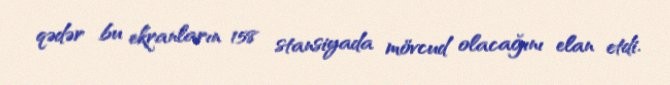
qədər bu ekranların 158 stansiyada mövcud olacağını elan etdi.